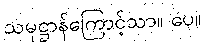
သမုဋ္ဌာန်ကြောင့်သာ။ ပေ။